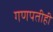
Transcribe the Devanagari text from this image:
गणपतीही